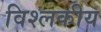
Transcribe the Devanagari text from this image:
विश्लकीय